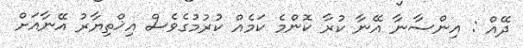
ދޭއް : އިންސާނާ އޭނާ ކުރާ ކޮންމެ ކަމެއް ކުރުމުގެވެސް އިޚްތިޔާރު އޭނާއަށް